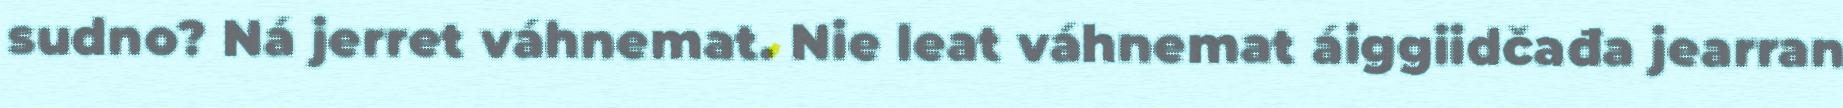
sudno? Ná jerret váhnemat. Nie leat váhnemat áiggiidčađa jearran